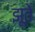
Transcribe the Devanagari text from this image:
झूते